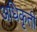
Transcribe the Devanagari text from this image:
अधिकृती